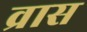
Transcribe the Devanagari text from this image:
व्रास